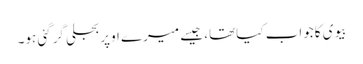
بیوی کاجواب کیاتھا، جیسے میرے اوپربجلی گرگئی ہو۔